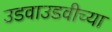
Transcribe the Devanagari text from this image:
उडवाउडवीच्या